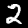
Label: 2